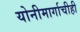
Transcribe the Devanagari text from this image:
योनीमार्गाचीही